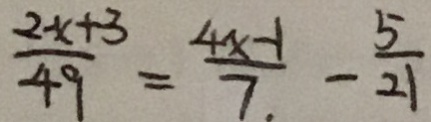
\frac { 2 x + 3 } { 4 9 } = \frac { 4 x - 1 } { 7 } - \frac { 5 } { 2 1 }